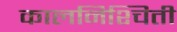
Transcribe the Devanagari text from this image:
कालनिश्चिती